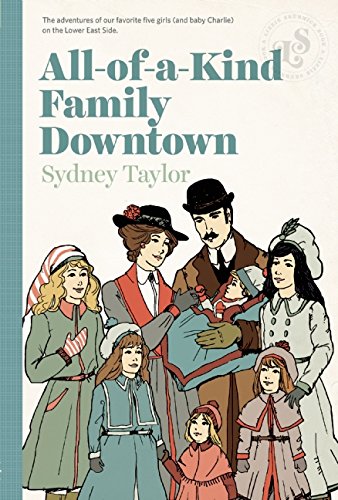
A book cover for All-Of-A-Kind Family Downtown; Sydney Taylor; Children's Books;